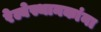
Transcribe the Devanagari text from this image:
रेल्वेस्थानकांना